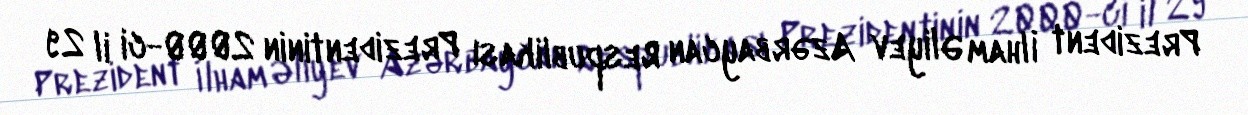
Prezident İlham Əliyev Azərbaycan Respublikası Prezidentinin 2000-ci il 29